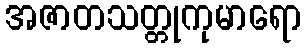
အဇာတသတ္တုကုမာရော